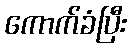
ကောက်ခံပြီး